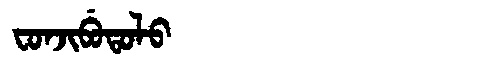
Manchu: ᠸᠣᠨᠵᡳᠪᡠᡨᠣᠯᠣ
Romanization: FONJIBUTOLO